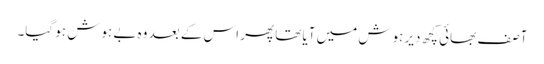
آصف بھائی کچھ دیر ہوش میں آیا تھا پھر اس کے بعد وہ بے ہوش ہو گیا۔